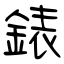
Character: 錶